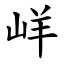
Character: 㟄